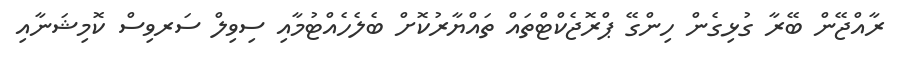
ރާއްޖޭން ބޭރާ ގުޅިގެން ހިންގޭ ޕްރޮޖެކްޓްތައް ތައްޔާރުކޮށް ބެލެހެއްޓުމާއި ސިވިލް ސަރވިސް ކޮމިޝަނާއި